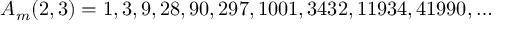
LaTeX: A _ { m } ( 2 , 3 ) = 1 , 3 , 9 , 2 8 , 9 0 , 2 9 7 , 1 0 0 1 , 3 4 3 2 , 1 1 9 3 4 , 4 1 9 9 0 , \ldots